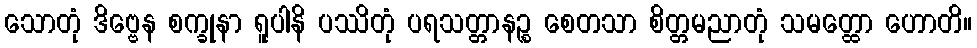
သောတုံ ဒိဗ္ဗေန စက္ခုနာ ရူပါနိ ပဿိတုံ ပရသတ္တာနဉ္စ စေတသာ စိတ္တမညာတုံ သမတ္ထော ဟောတိ။